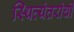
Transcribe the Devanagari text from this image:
स्थित्यंतरांची